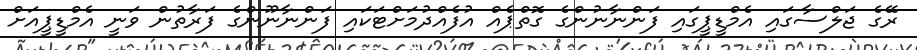
ރޭގެ ޖަލްސާގައި އެމްޑީޕީގައި ފަންނާނުންގެ ގޮތްޕެއް އުފެއްދުމަށްޓަކައި ފަންނާނޫންގެ ފަރާތުން ވަނީ އެމްޑީޕީއަށް